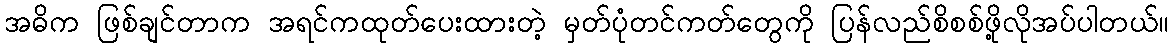
အဓိက ဖြစ်ချင်တာက အရင်ကထုတ်ပေးထားတဲ့ မှတ်ပုံတင်ကတ်တွေကို ပြန်လည်စိစစ်ဖို့လိုအပ်ပါတယ်။